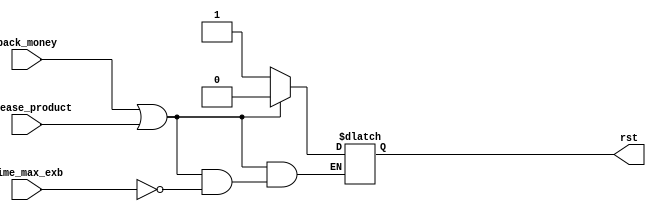
module rst_overall(back_money, release_product, time_max_exb, rst);
	input  back_money, release_product, time_max_exb;
	output reg rst;
	
	initial rst = 1;
	always@(*) begin
		if(back_money == 1|| release_product == 1) begin
			if(time_max_exb) rst = 0;
		end
		else rst = 1;
	end
endmodule